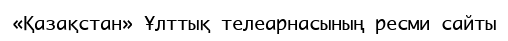
«Қазақстан» Ұлттық телеарнасының ресми сайты